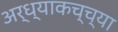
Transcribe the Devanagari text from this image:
अर्ध्याकच्च्या